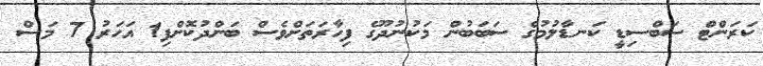
ކަރަންޓް ސަބްސިޑީ ކަނޑާލުމުގެ ސަބަބުން މަކުނުދޫގެ ފިހާރަތަށްވެސް ބަންދުކޮށްފި1 އަހަރު 7 މަސް